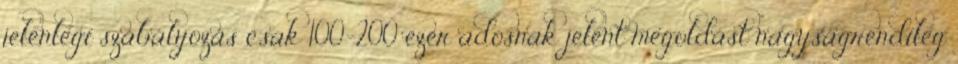
jelenlegi szabályozás csak 100-200 ezer adósnak jelent megoldást nagyságrendileg